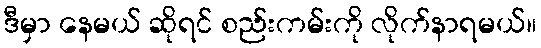
ဒီမှာ နေမယ် ဆိုရင် စည်းကမ်းကို လိုက်နာရမယ်။